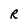
Character: R